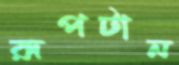
রূপটান